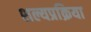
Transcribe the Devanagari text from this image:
शल्यप्रक्रिया